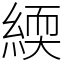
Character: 緛